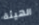
الهيئة